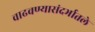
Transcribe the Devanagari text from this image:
वाढवण्यासंदर्भातले